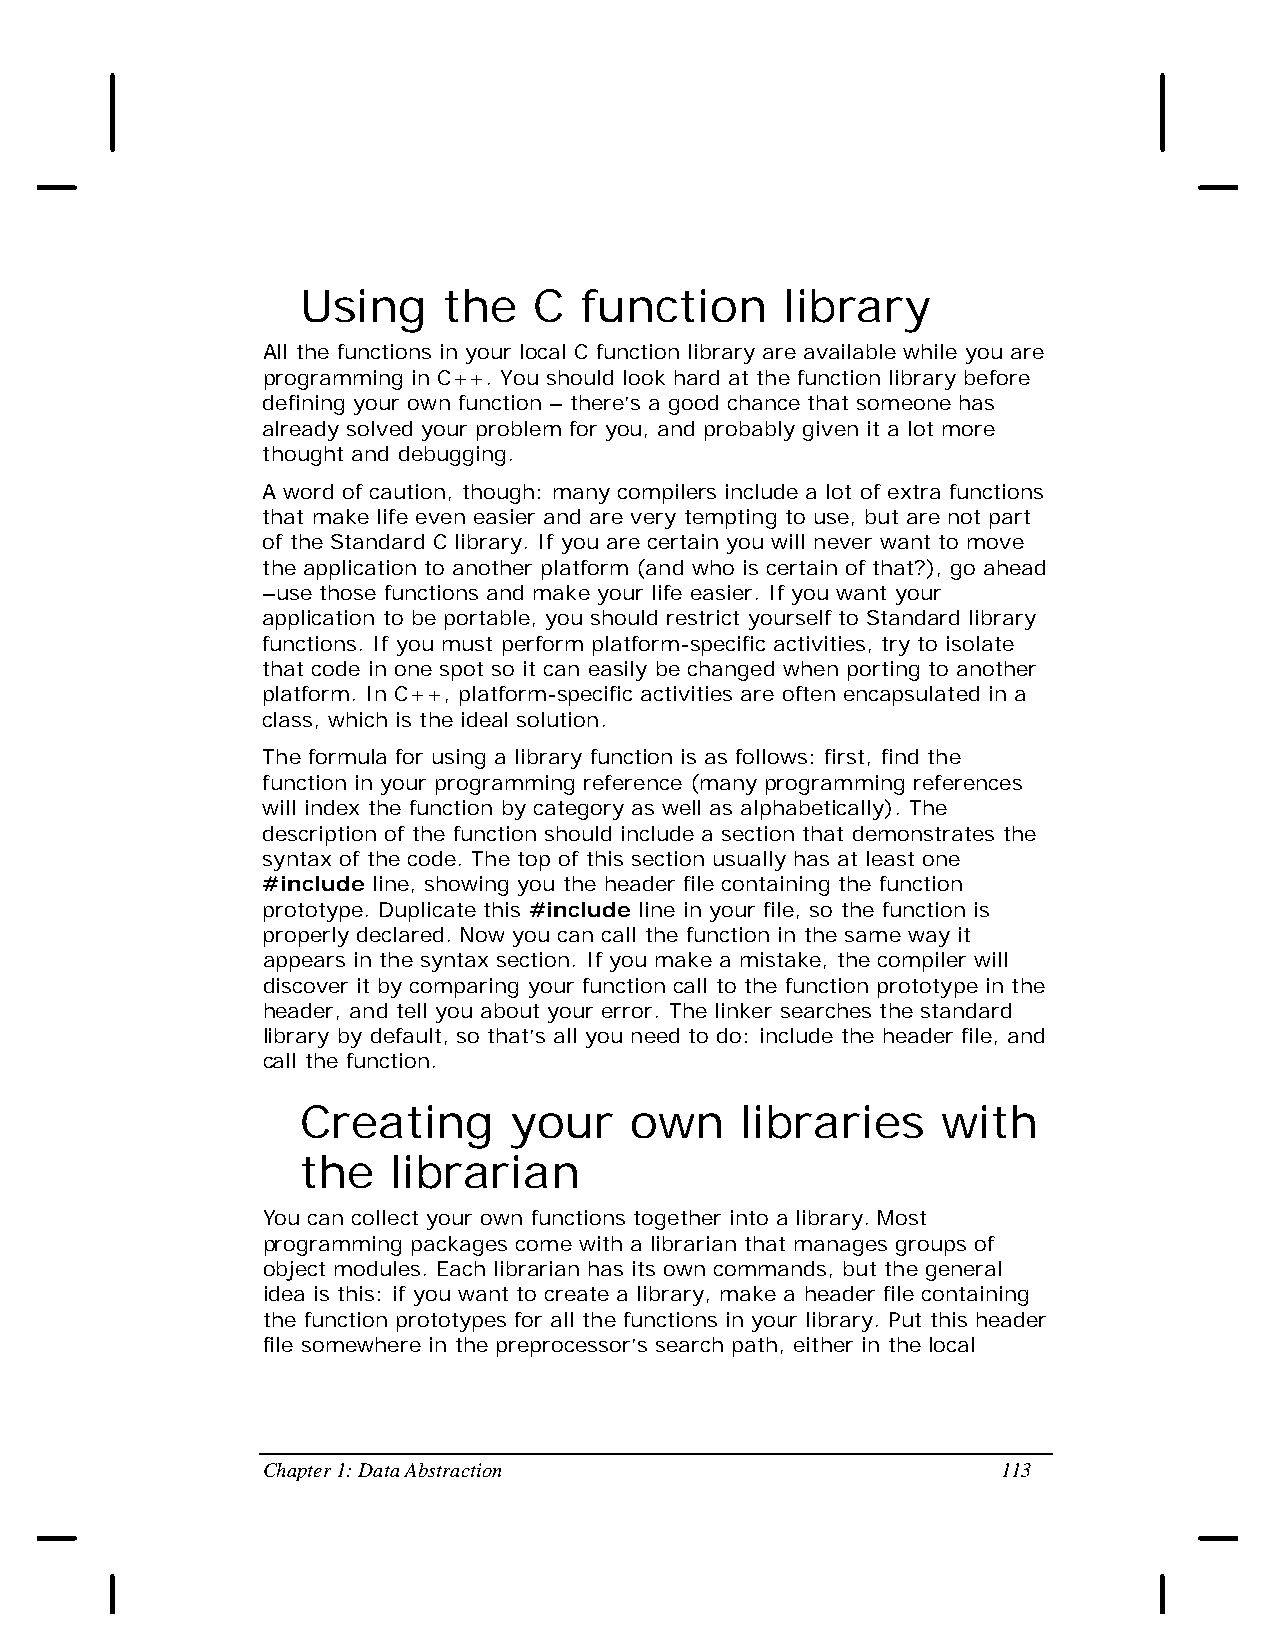
Using    the   C   function     library
 All the functions in your local C function library are available while you are
 programming in C++. You should look hard at the function library before
 defining your own function – there’s a good chance that someone has
 already solved your problem for you, and probably given it a lot more
 thought and debugging.
 A word of caution, though: many compilers include a lot of extra functions
 that make life even easier and are very tempting to use, but are not part
 of the Standard C library. If you are certain you will never want to move
 the application to another platform (and who is certain of that?), go ahead
 –use those functions and make your life easier. If you want your
 application to be portable, you should restrict yourself to Standard library
 functions. If you must perform platform-specific activities, try to isolate
 that code in one spot so it can easily be changed when porting to another
 platform. In C++, platform-specific activities are often encapsulated in a
 class, which is the ideal solution.
 The formula for using a library function is as follows: first, find the
 function in your programming reference (many programming references
 will index the function by category as well as alphabetically). The
 description of the function should include a section that demonstrates the
 syntax of the code. The top of this section usually has at least one
 #include line, showing you the header file containing the function
 prototype. Duplicate this #include line in your file, so the function is
 properly declared. Now you can call the function in the same way it
 appears in the syntax section. If you make a mistake, the compiler will
 discover it by comparing your function call to the function prototype in the
 header, and tell you about your error. The linker searches the standard
 library by default, so that’s all you need to do: include the header file, and
 call the function.
 Creating      your    own    libraries    with
 the   librarian
 You can collect your own functions together into a library. Most
 programming packages come with a librarian that manages groups of
 object modules. Each librarian has its own commands, but the general
 idea is this: if you want to create a library, make a header file containing
 the function prototypes for all the functions in your library. Put this header
 file somewhere in the preprocessor’s search path, either in the local
 Chapter 1: Data Abstraction                      113